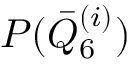
P ( \bar { Q } _ { \mathrm { 6 } } ^ { ( i ) } )